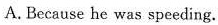
A.Because he was speeding.